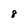
Character: 8